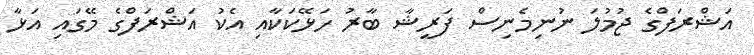
އަޝްރަފްގެ ޖުމުލަ ނުނިމެނިސް ފަރީޝާ ބާރު ހަޅޭކަކާއި އެކު އަޝްރަފްގެ މޭގައި އަޅާ